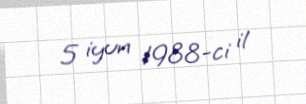
5 iyun 1988-ci il